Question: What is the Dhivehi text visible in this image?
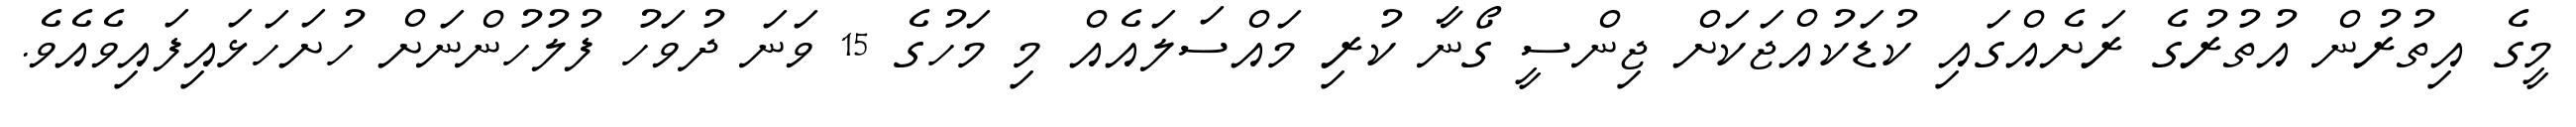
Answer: މީގެ އިތުރުން އުތުރުގެ ރަށެއްގައި ކުޑަކުއްޖަކަށް ޖިންސީ ގޯނާ ކުރި މައްސަލައެއް މި މަހުގެ 15 ވަނަ ދުވަހު ފުލުހުންނަށް ހުށަހަޅައިފައިވެއެވެ.